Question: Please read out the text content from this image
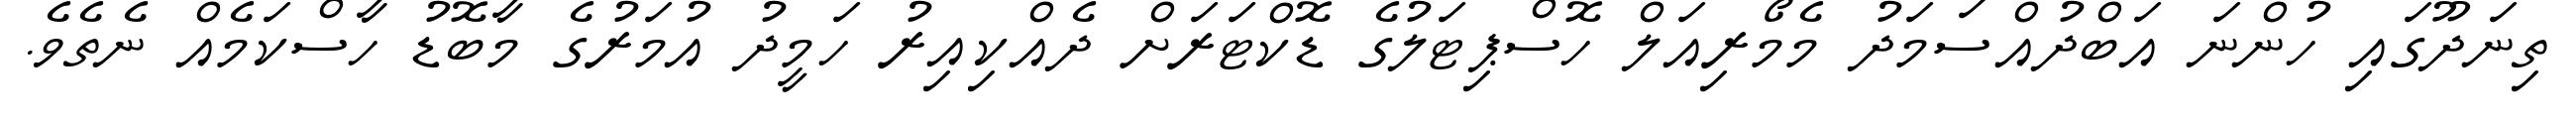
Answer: ތިނަދޫގައި ހުންނަ އަބްދުއްސަމަދު މެމޯރިއަލް ހޮސްޕިޓަލުގެ ޑޮކްޓަރަށް ދެއްކިއިރު ހަމީދު އުމަރުގެ މާބޮޑު ހާސްކަމެއް ނެތެވެ.